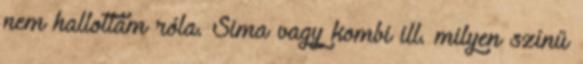
nem hallottam róla. Sima vagy kombi ill. milyen színű